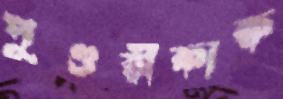
পুণ্ডরীকাক্ষ